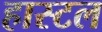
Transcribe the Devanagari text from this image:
हास्‍टल